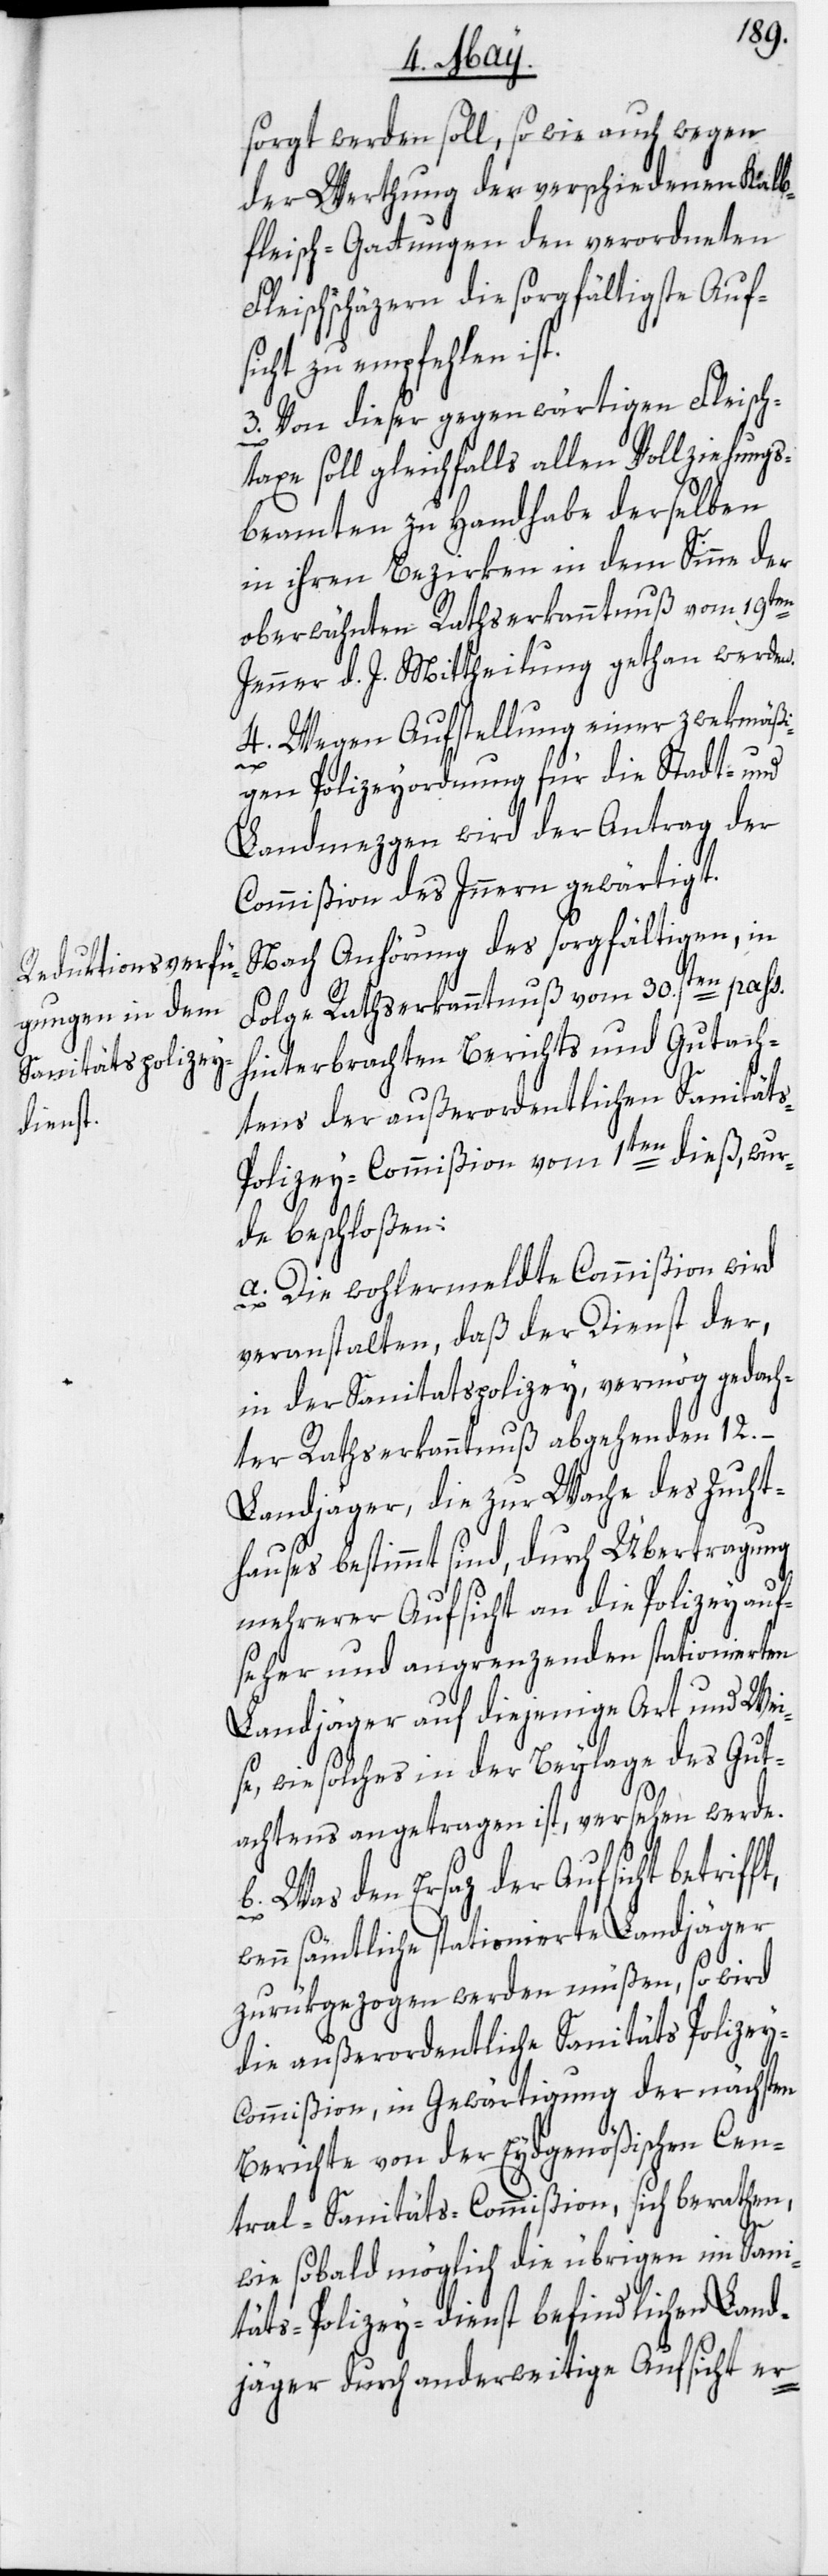
sorgt werden soll, so wie auch wegen
der Werthung der verschiedenen Kalb¬
fleisch-Gattungen den geordneten
Fleischschäzern die sorgfältigste Aufs¬
icht zu empfehlen ist.
3. Von dieser gegenwärtigen Fleisch¬
taxe soll gleichfalls allen Vollziehungs¬
beamten zu Handhabe derselben
in ihren Bezirken in dem Sinne der
oberwähnten Rathserkanntnuß vom 19ten
Jenner d. J. Mittheilung gethan werden.
4. Wegen Aufstellung einer zwekmäßi¬
ft,
gen Polizeyordnung für die Stadt- und
Landmezgen wird der Antrag der
Commißion des Innern gewärtigt.
Nach Anhörung des sorgfältigen, in
Folge Rathserkanntnuß vom 30.sten pass.
hinterbrachten Berichts und Gutach¬
tens der außerordentlichen Sanität¬
s-Polizey-Commißion vom 1ten dieß, wur¬
de beschloßen:
a. Die wohlermeldte Commißion wird
veranstalten, daß der Dienst der,
in der Sanitätspolizey, vermög gedach¬
ter Rathserkanntnuß abgehenden 12.
Landjäger, die zur Wache des Zucht¬
hauses bestimmt sind, durch Übertragung
mehrerer Aufsicht an die Polizeyauf¬
seher und angrenzenden stationierten
Landjäger auf diejenige Art und Wei¬
se, wie solches in der Beylage des Gut¬
achtens angetragen ist, versehen werde.
b. Was den Ersaz der Aufsicht betrif¬
wenn sämtliche stationierte Landjäger
zurükgezogen werden müßen, so wird
die außerordentliche Sanitäts Polize¬
y-Commißion, in Gewärtigung der nächsten
Berichte von der Eydgenößischen Cen¬
tral-Sanitäts-Commißion, sich berathen,
wie sobald möglich die übrigen im Sani¬
täts-Polizey-Dienst befindlichen Land¬
jäger durch anderweitige Aufsicht er-